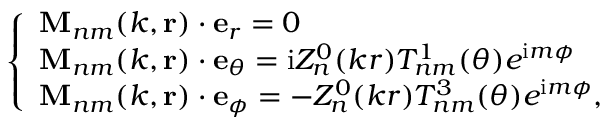
\left\{ \begin{array} { l l } { \mathbf { M } _ { n m } ( k , \mathbf { r } ) \cdot \mathbf { e } _ { r } = 0 } \\ { \mathbf { M } _ { n m } ( k , \mathbf { r } ) \cdot \mathbf { e } _ { \theta } = \mathrm { i } Z _ { n } ^ { 0 } ( k r ) T _ { n m } ^ { 1 } ( \theta ) e ^ { \mathrm { i } m \phi } } \\ { \mathbf { M } _ { n m } ( k , \mathbf { r } ) \cdot \mathbf { e } _ { \phi } = - Z _ { n } ^ { 0 } ( k r ) T _ { n m } ^ { 3 } ( \theta ) e ^ { \mathrm { i } m \phi } , } \end{array} \right.